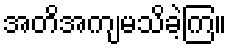
အတိအကျမသိခဲ့ကြ။